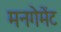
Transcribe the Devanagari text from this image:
मनगेमेंट